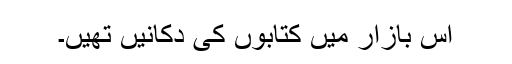
اس بازار میں کتابوں کی دکانیں تھیں۔